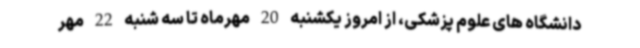
دانشگاه های علوم پزشکی، از امروز یکشنبه 20 مهرماه تا سه شنبه 22 مهر